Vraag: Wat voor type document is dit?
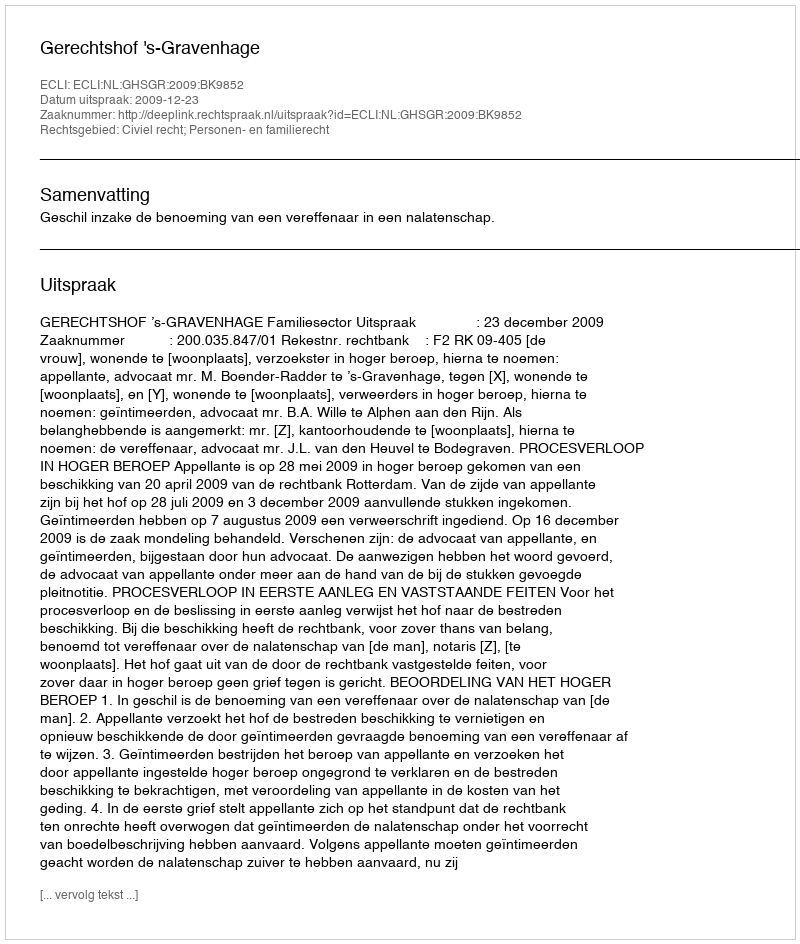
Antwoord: Uitspraak